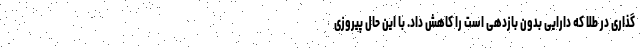
گذاری در طلا که دارایی بدون بازدهی است را کاهش داد. با این حال پیروزی